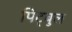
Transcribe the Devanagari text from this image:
पिट्बुल